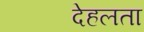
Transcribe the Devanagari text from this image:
देहलता